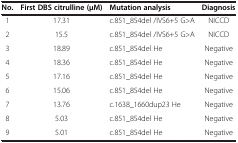
<table><thead><tr><td><b>No.</b></td><td><b>First DBS citrulline (μM)</b></td><td><b>Mutation analysis</b></td><td><b>Diagnosis</b></td></tr></thead><tbody><tr><td>1</td><td>17.31</td><td>c.851_854del /IVS6+5 G&gt;A</td><td>NICCD</td></tr><tr><td>2</td><td>15.5</td><td>c.851_854del /IVS6+5 G&gt;A</td><td>NICCD</td></tr><tr><td>3</td><td>18.89</td><td>c.851_854del He</td><td>Negative</td></tr><tr><td>4</td><td>18.36</td><td>c.851_854del He</td><td>Negative</td></tr><tr><td>5</td><td>17.16</td><td>c.851_854del He</td><td>Negative</td></tr><tr><td>6</td><td>15.06</td><td>c.851_854del He</td><td>Negative</td></tr><tr><td>7</td><td>13.76</td><td>c.1638_1660dup23 He</td><td>Negative</td></tr><tr><td>8</td><td>5.03</td><td>c.851_854del He</td><td>Negative</td></tr><tr><td>9</td><td>5.01</td><td>c.851_854del He</td><td>Negative</td></tr></tbody></table>